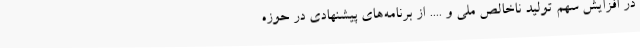
در افزایش سهم تولید ناخالص ملی و .... از برنامه‌های پیشنهادی در حوزه